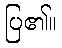
ပြ၏။